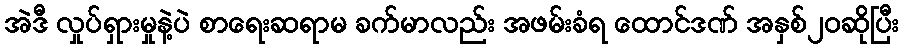
အဲဒီ လှုပ်ရှားမှုနဲ့ပဲ စာရေးဆရာမ ခက်မာလည်း အဖမ်းခံရ ထောင်ဒဏ် အနှစ်၂၀ဆိုပြီး